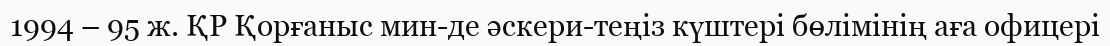
1994 – 95 ж. ҚР Қорғаныс мин-де әскери-теңіз күштері бөлімінің аға офицері